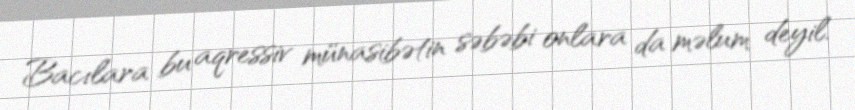
Bacılara bu aqressiv münasibətin səbəbi onlara da məlum deyil.